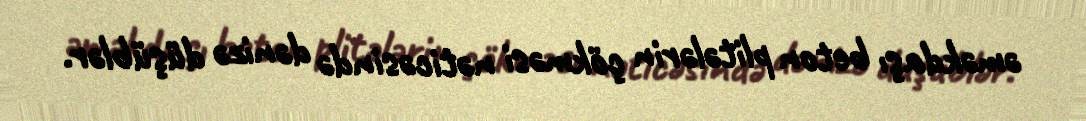
əməkdaşı beton plitələrin çökməsi nəticəsində dənizə düşüblər.